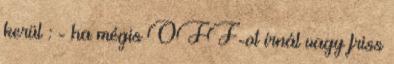
kerül : - ha mégis OFF-ot írnál vagy friss